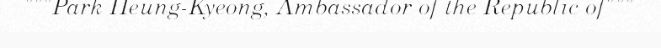
"""Park Heung-Kyeong, Ambassador of the Republic of"""